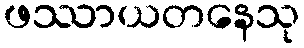
ဖဿာယတနေသု